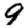
Digit: 9